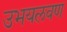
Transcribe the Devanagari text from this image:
उभयलवण